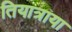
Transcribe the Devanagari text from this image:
तियात्राया